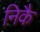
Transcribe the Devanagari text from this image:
निकै